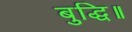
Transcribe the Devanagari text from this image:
बुद्धि॥